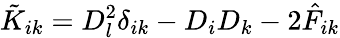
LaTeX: \tilde{K}_{ik}=D_{l}^{2}\delta_{ik}-D_{i}D_{k}-2\hat{F}_{ik}